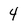
Character: 4